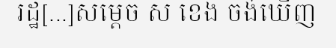
រដ្ឋ[...]សម្តេច ស ខេង ចង់ឃើញ